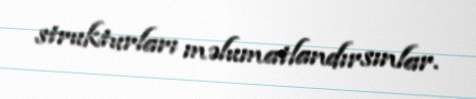
strukturları məlumatlandırsınlar.